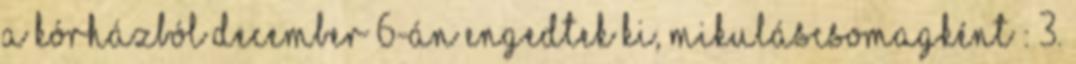
a kórházból december 6-án engedtek ki, mikuláscsomagként : 3.